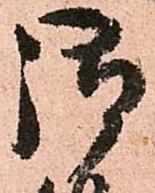
御